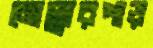
মোল্লারপাড়